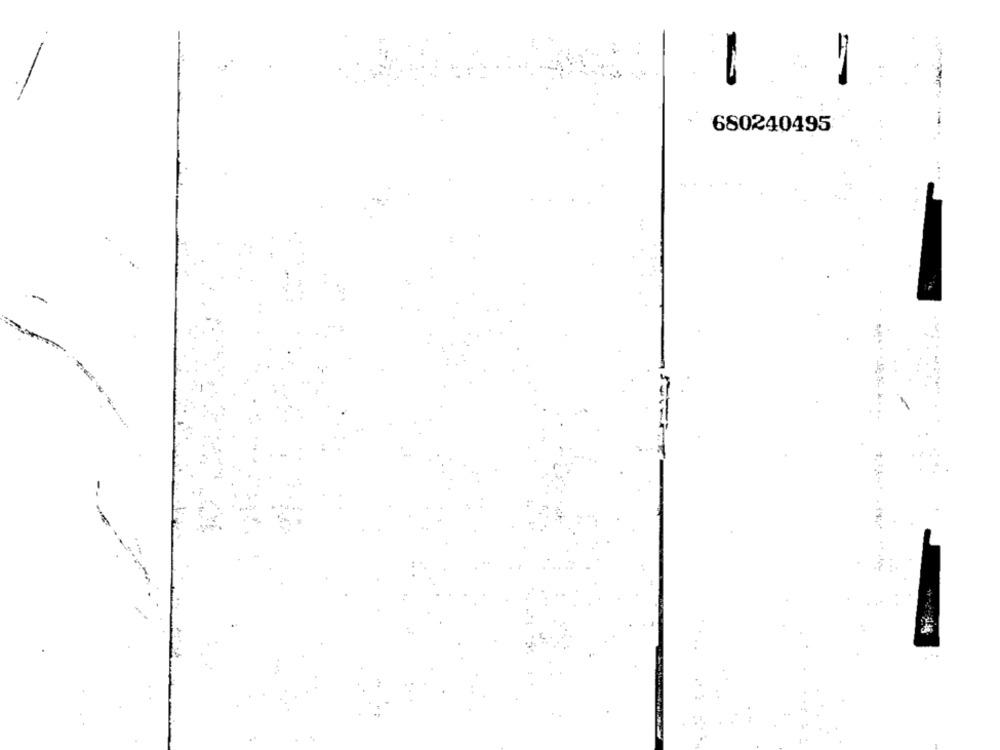
680240495
-